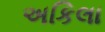
અકિલા